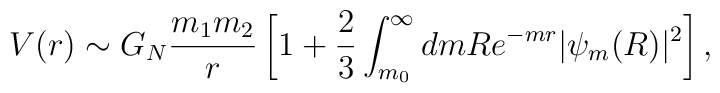
V(r) \sim G_N \frac{m_1 m_2}{r}\left[ 1 + \frac{2}{3} \int_{m_0}^{\infty} dm R e^{-m r} |\psi_m(R)|^2                                                            \right],